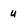
Character: u